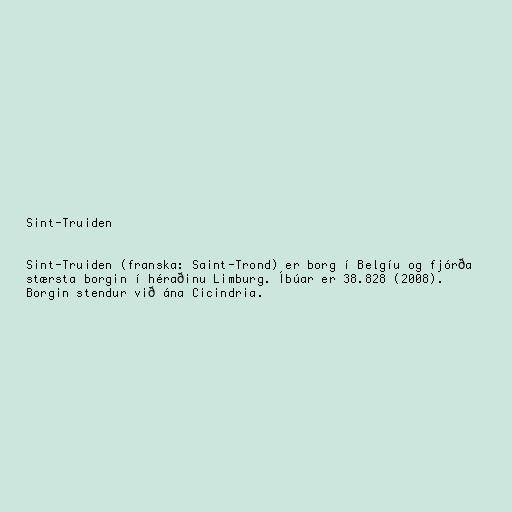
Sint-Truiden

Sint-Truiden (franska: Saint-Trond) er borg í Belgíu og fjórða
stærsta borgin í héraðinu Limburg. Íbúar er 38.828 (2008).
Borgin stendur við ána Cicindria.